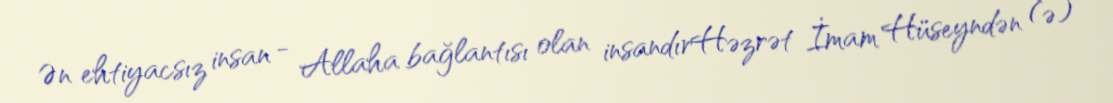
Ən ehtiyacsız insan - Allaha bağlantısı olan insandırHəzrət İmam Hüseyndən (ə)